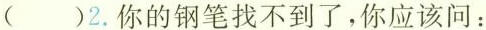
( )2.你的钢笔找不到了，你应该问：